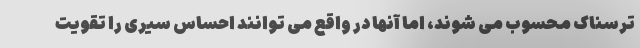
ترسناک محسوب می شوند، اما آنها در واقع می توانند احساس سیری را تقویت